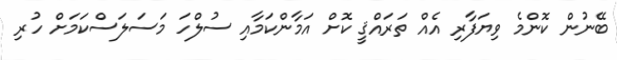
ބޭނުން ކޮންމެ ވިޔަފާރި އެއް ތަރައްޤީ ކޮށް އަމާންކަމާއި ސުލްހަ މަސަލަސްކަމަށް ހުރި